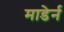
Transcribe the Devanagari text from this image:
माडेर्न